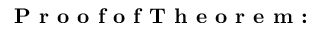
\textbf { P r o o f o f T h e o r e m : }